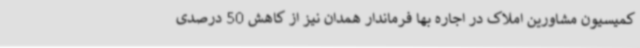
کمیسیون مشاورین املاک در اجاره بها فرماندار همدان نیز از کاهش 50 درصدی